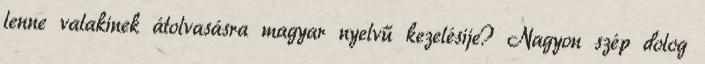
lenne valakinek átolvasásra magyar nyelvű kezelésije? Nagyon szép dolog